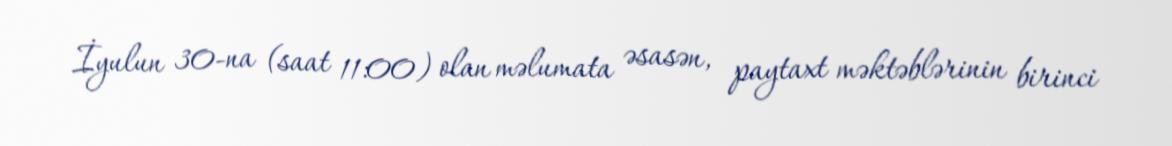
İyulun 30-na (saat 11:00) olan məlumata əsasən, paytaxt məktəblərinin birinci